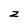
Character: z